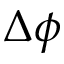
\Delta \phi